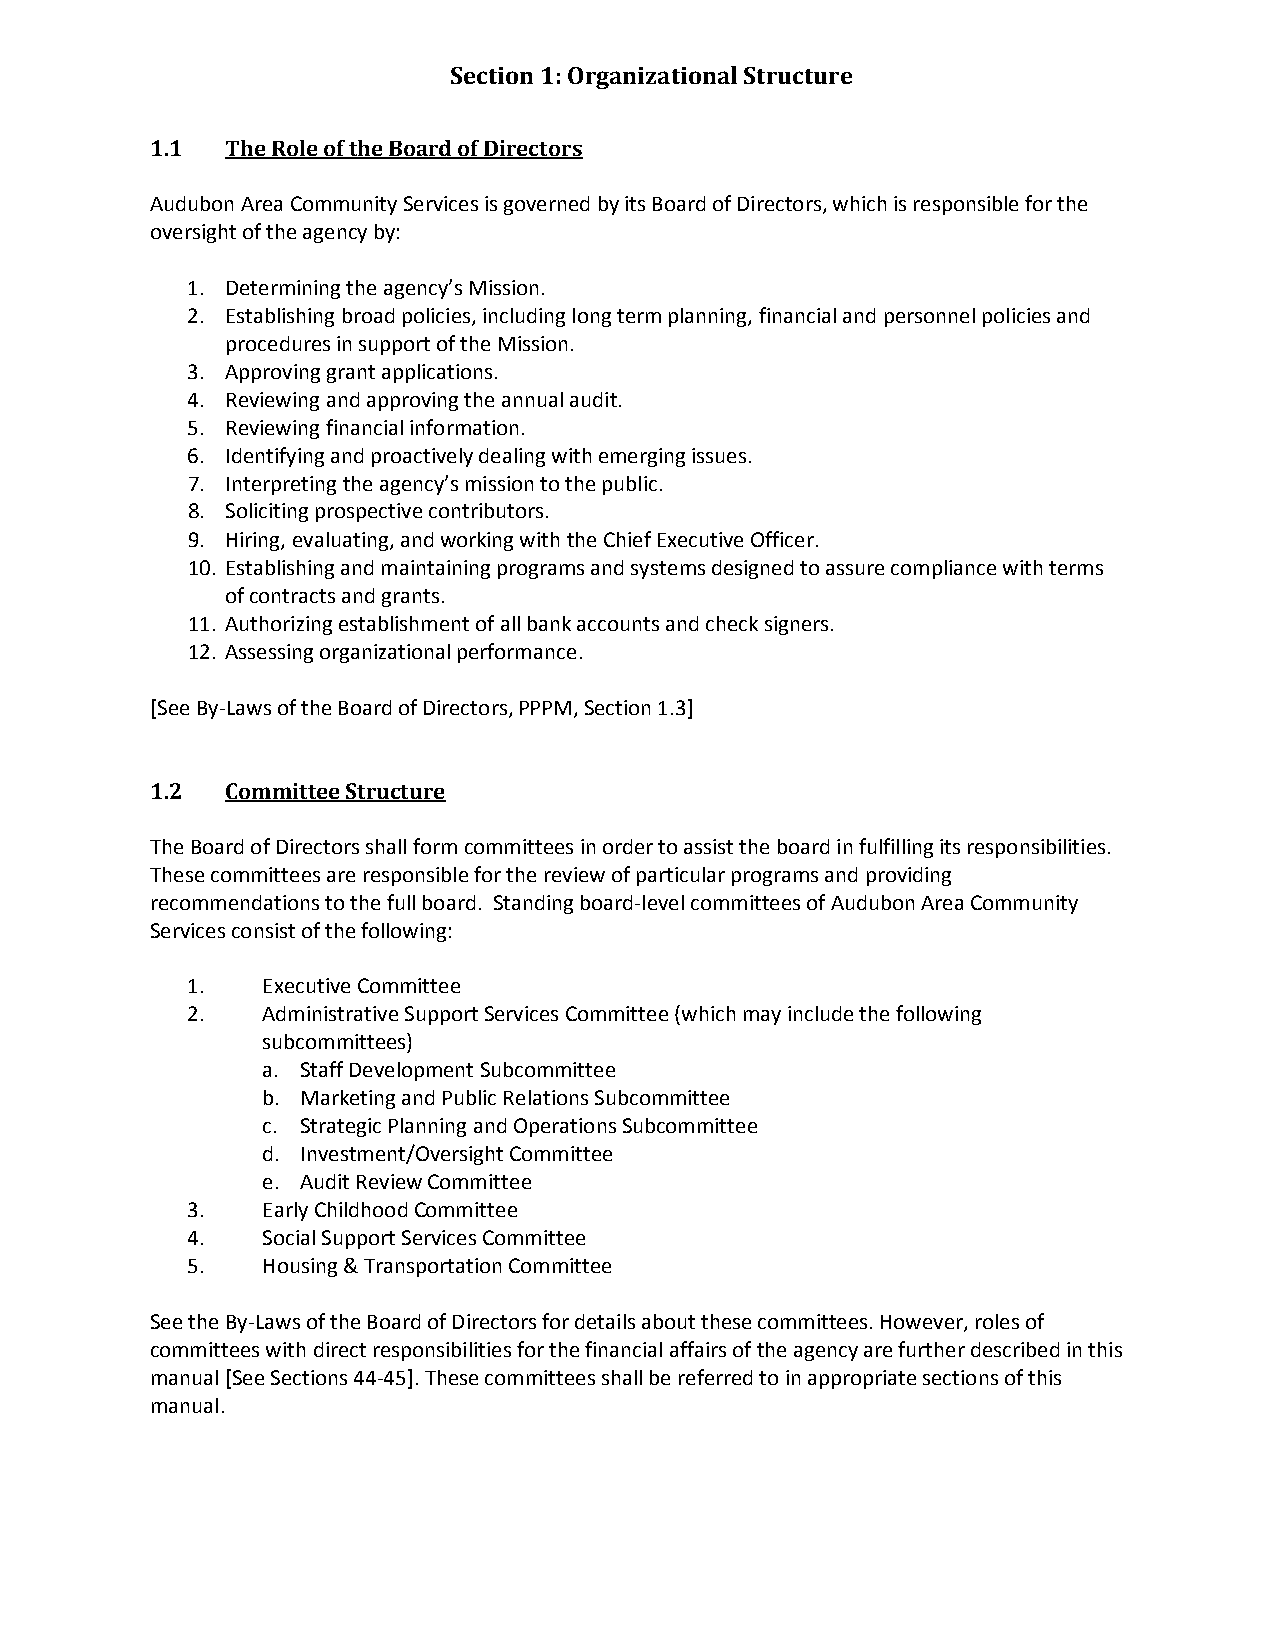
Section 1: Organizational Structure
 1.1  The Role of the Board of Directors
 Audubon Area Community Services is governed by its Board of Directors, which is responsible for the
 oversight of the agency by:
 1. Determining the agency’s Mission.
 2. Establishing broad policies, including long term planning, financial and personnel policies and
 procedures in support of the Mission.
 3. Approving grant applications.
 4. Reviewing and approving the annual audit.
 5. Reviewing financial information.
 6. Identifying and proactively dealing with emerging issues.
 7. Interpreting the agency’s mission to the public.
 8. Soliciting prospective contributors.
 9. Hiring, evaluating, and working with the Chief Executive Officer.
 10. Establishing and maintaining programs and systems designed to assure compliance with terms
 of contracts and grants.
 11. Authorizing establishment of all bank accounts and check signers.
 12. Assessing organizational performance.
 [See By-Laws of the Board of Directors, PPPM, Section 1.3]
 1.2  Committee Structure
 The Board of Directors shall form committees in order to assist the board in fulfilling its responsibilities.
 These committees are responsible for the review of particular programs and providing
 recommendations to the full board. Standing board-level committees of Audubon Area Community
 Services consist of the following:
 1.   Executive Committee
 2.   Administrative Support Services Committee (which may include the following
 subcommittees)
 a. Staff Development Subcommittee
 b. Marketing and Public Relations Subcommittee
 c. Strategic Planning and Operations Subcommittee
 d. Investment/Oversight Committee
 e. Audit Review Committee
 3.   Early Childhood Committee
 4.   Social Support Services Committee
 5.   Housing & Transportation Committee
 See the By-Laws of the Board of Directors for details about these committees. However, roles of
 committees with direct responsibilities for the financial affairs of the agency are further described in this
 manual [See Sections 44-45]. These committees shall be referred to in appropriate sections of this
 manual.